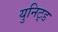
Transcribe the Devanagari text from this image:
युनिट्ड